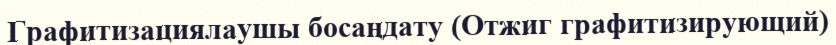
Графитизациялаушы босаңдату (Отжиг графитизирующий)